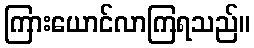
ကြားယောင်လာကြရသည်။